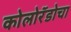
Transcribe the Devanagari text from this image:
कोलोरॅडोचा